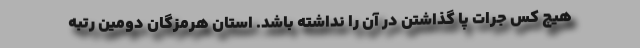
هیچ کس جرات پا گذاشتن در آن را نداشته باشد. استان هرمزگان دومین رتبه